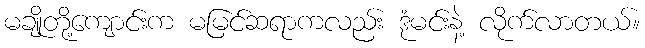
မချိုတို့ကျောင်းက မမြင်ဆရာကလည်း ဒုံမင်းနဲ့ လိုက်လာတယ်။